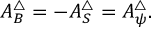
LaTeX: A _ { B } ^ { \triangle } = - A _ { S } ^ { \triangle } = A _ { \psi } ^ { \triangle } .